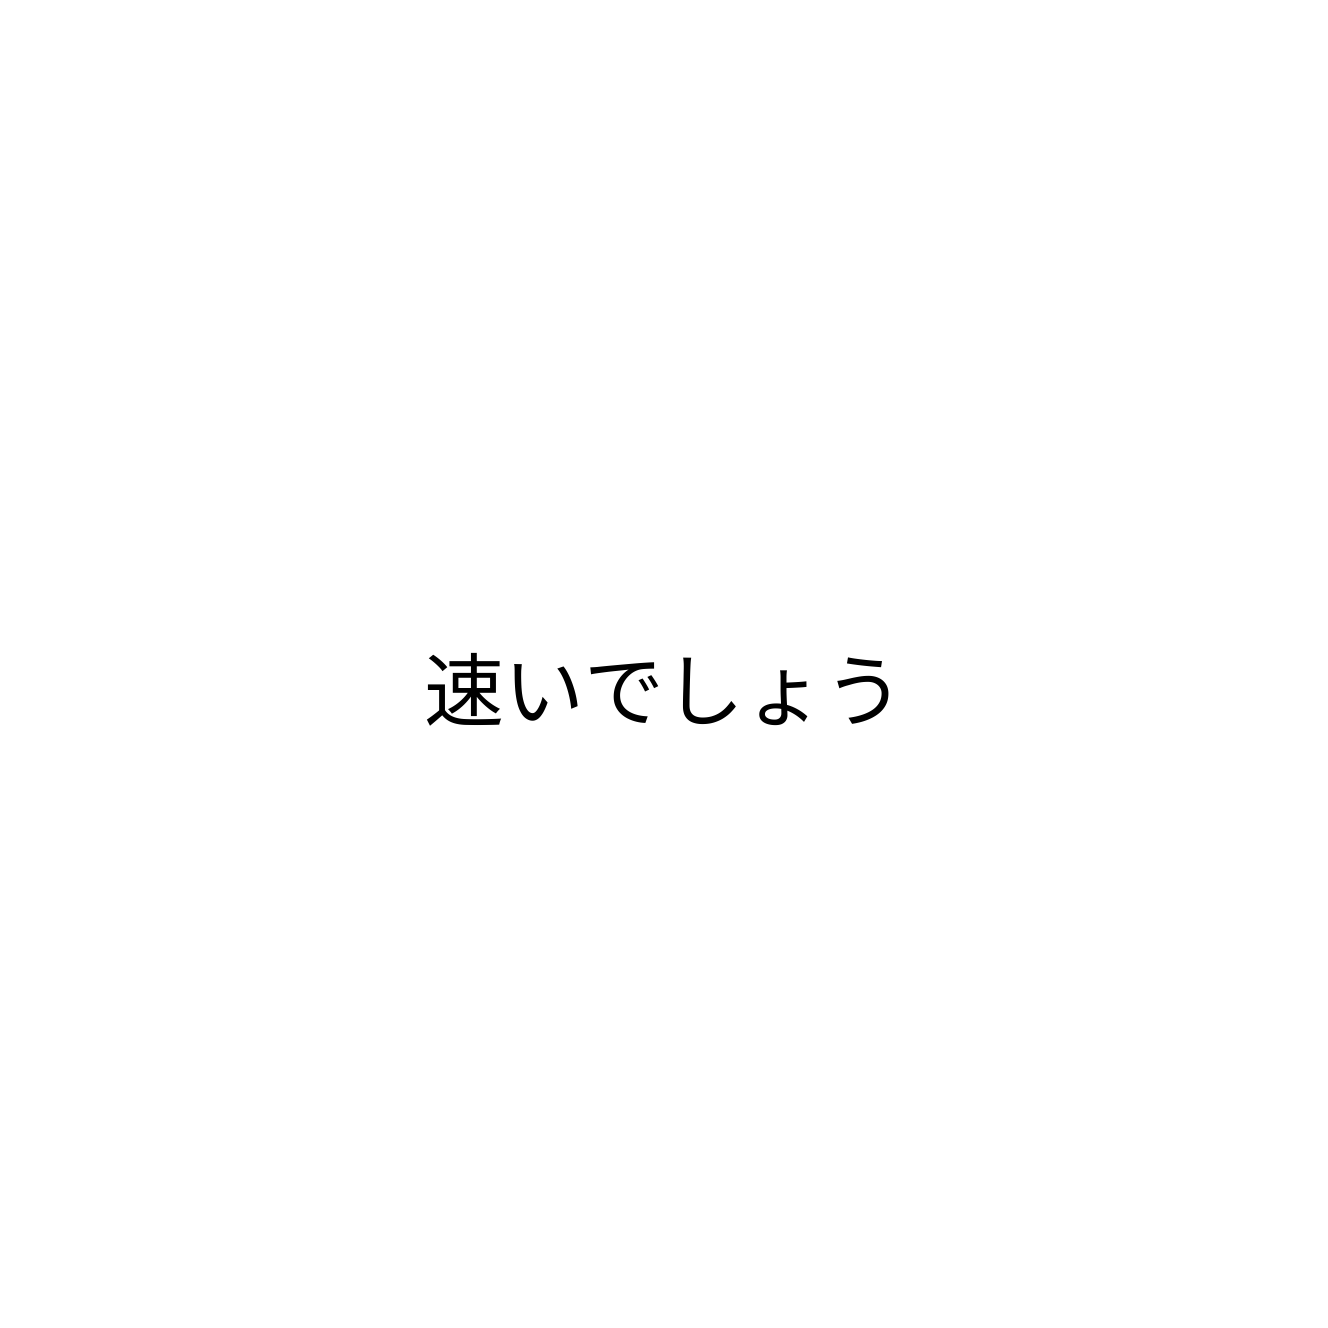
速いでしょう